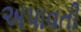
અપાવતી